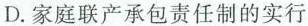
D.家庭联产承包责任制的实行